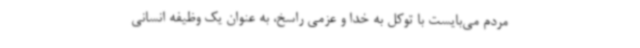
مردم می‌بایست با توکل به خدا و عزمی راسخ، به عنوان یک وظیفه انسانی